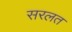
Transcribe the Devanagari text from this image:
सरलत